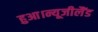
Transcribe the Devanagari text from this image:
हुआ।न्यूजीलैंड